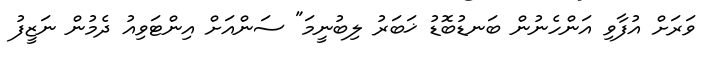
ވަރަށް އުފާވި އަންހެނުން ބަނޑުބޮޑު ޚަބަރު ލިބުނީމަ" ސަންއަށް އިންޓަވިއު ދެމުން ނަޒީފު